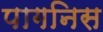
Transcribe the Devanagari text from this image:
पागनिस